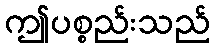
ဤပစ္စည်းသည်